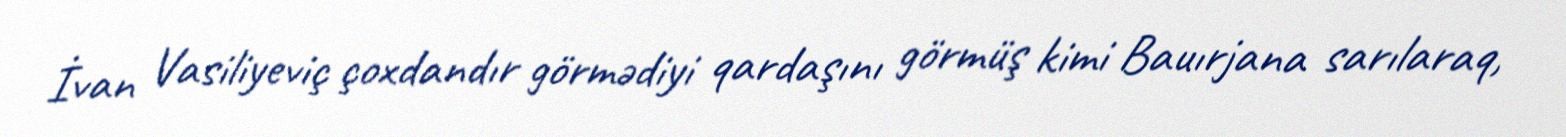
İvan Vasiliyeviç çoxdandır görmədiyi qardaşını görmüş kimi Bauırjana sarılaraq,